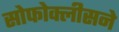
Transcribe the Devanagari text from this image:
सोफोक्लीसने